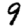
Digit: 9